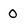
Character: 0